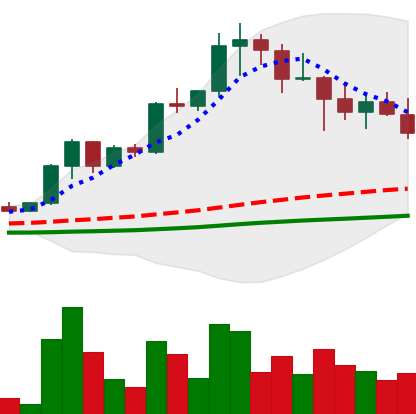
Ticker: XRP-USD
Chart end date: 2021-04-22
Forward return: 20.805%
Label: up_7plus